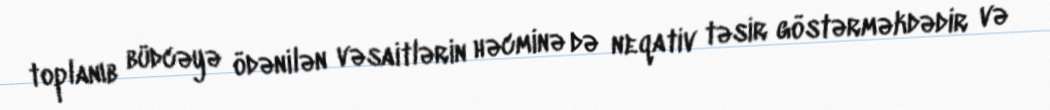
toplanıb büdcəyə ödənilən vəsaitlərin həcminə də neqativ təsir göstərməkdədir və